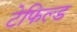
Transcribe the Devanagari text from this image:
टेफिल्ड